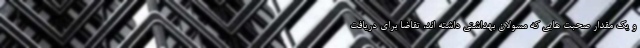
و یک مقدار صحبت هایی که مسولان بهداشتی داشته اند، تقاضا برای دریافت